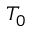
T _ { 0 }